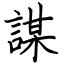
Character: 謀